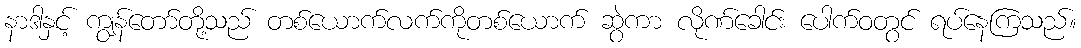
နာဒါနှင့် ကျွန်တော်တို့သည် တစ်ယောက်လက်ကိုတစ်ယောက် ဆွဲကာ လိုဏ်ခေါင်း ပေါက်ဝတွင် ရပ်နေကြသည်။